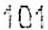
101